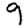
Digit: 9